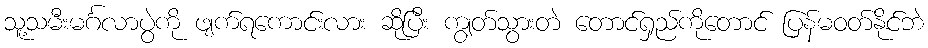
သူ့သမီးမင်္ဂလာပွဲကို ဖျက်ရကောင်းလား ဆိုပြီး ကျွတ်သွားတဲ တောင်ရှည်ကိုတောင် ပြန်မဝတ်နိုင်ဘဲ